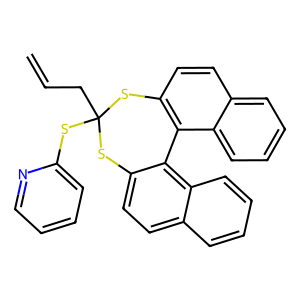
SMILES: C=CCC1(Sc2ccccn2)Sc2ccc3ccccc3c2-c2c(ccc3ccccc23)S1
Inhibits HIV replication: No